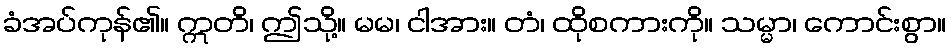
ခံအပ်ကုန်၏။ ဣတိ၊ ဤသို့။ မမ၊ ငါအား။ တံ၊ ထိုစကားကို။ သမ္မာ၊ ကောင်းစွာ။